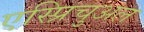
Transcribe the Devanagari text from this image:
एस्प्रिचुअल